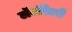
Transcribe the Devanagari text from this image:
लॅबॉरेटरी